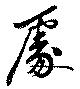
處